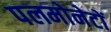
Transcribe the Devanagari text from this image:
पलमोनेटों